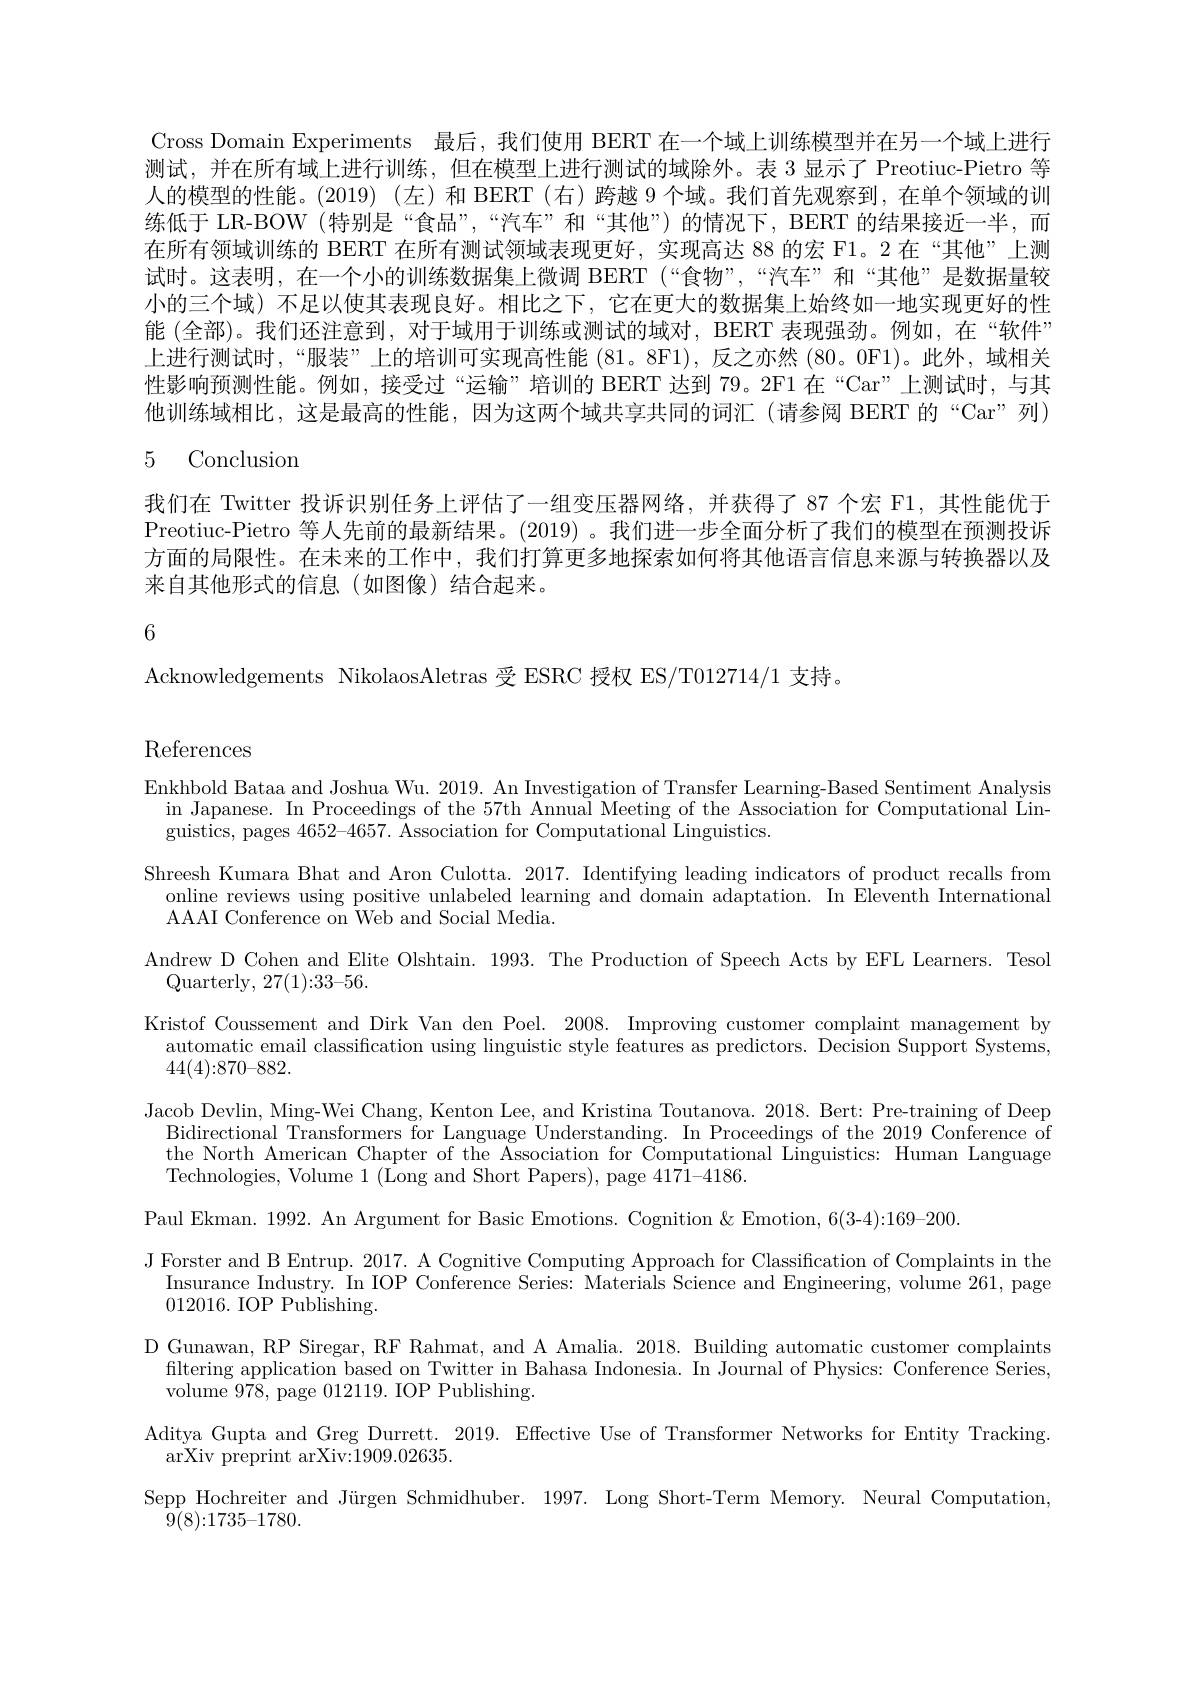
Cross Domain Experiments 最后，我们使用 BERT 在一个域上训练模型并在另一个域上进行测试，并在所有域上进行训练，但在模型上进行测试的域除外。表 3 显示了 Preotiuc-Pietro 等人的模型的性能。(2019) (左)和 BERT (右)跨越 9 个域。我们首先观察到，在单个领域的训练低于 LR-BOW (特别是“食品”,“汽车”和“其他”)的情况下，BERT 的结果接近一半，而在所有领域训练的 BERT 在所有测试领域表现更好，实现高达 88 的宏 F1。2 在“其他”上测试时。这表明，在一个小的训练数据集上微调 BERT (“食物”,“汽车”和“其他”是数据量较小的三个域) 不足以使其表现良好。相比之下，它在更大的数据集上始终如一地实现更好的性能 (全部)。我们还注意到，对于域用于训练或测试的域对，BERT 表现强劲。例如，在“软件” 上进行测试时，“服装”上的培训可实现高性能 (81。8F1), 反之亦然 (80。0F1)。此外，域相关性影响预测性能。例如，接受过“运输”培训的 BERT 达到 79。2F1 在“Car”上测试时，与其他训练域相比，这是最高的性能，因为这两个域共享共同的词汇(请参阅 BERT 的“Car”列) 5 Conclusion
我们在 Twitter 投诉识别任务上评估了一组变压器网络，并获得了 87 个宏 F1,其性能优于Preotiuc-Pietro 等人先前的最新结果。(2019) 。我们进一步全面分析了我们的模型在预测投诉方面的局限性。在未来的工作中，我们打算更多地探索如何将其他语言信息来源与转换器以及来自其他形式的信息(如图像)结合起来。
6

Acknowledgements NikolaosAletras 受 ESRC 授权 ES/T012714/1 支持。

References

Enkhbold Bataa and Joshua Wu. 2019. An Investigation of Transfer Learning-Based Sentiment Analysis
in Japanese. In Proceedings of the 57th Annual Meeting of the Association for Computational Lin-
guistics, pages 4652-4657. Association for Computational Linguistics
Shreesh Kumara Bhat and Aron Culotta. 2017. Identifying leading indicators of product recalls from
online reviews using positive unlabeled learning and domain adaptation. In Eleventh International
AAAI Conference on Web and Social Media.
Andrew D Cohen and Elite Olshtain. 1993. The Production of Speech Acts by EFL Learners. Tesol
Quarterly, 27( 1) : 33- 56.
Kristof Coussement and Dirk Van den Poel. 2008. Improving customer complaint management by
automatic email classification using linguistic style features as predictors. Decision Support Systems,
44(4){:}870{-}882.
Jacob Devlin, Ming-Wei Chang, Kenton Lee, and Kristina Toutanova. 2018. Bert: Pre-training of Deep
Bidirectional Transformers for Language Understanding. In Proceedings of the 2019 Conference of the North American Chapter of the Association for Computational Linguistics: Human Language Technologies, Volume 1 (Long and Short Papers), page 4171-4186.
Paul Ekman. 1992. An Argument for Basic Emotions. Cognition& Emotion, 6(3-4):169-200
J Forster and B Entrup. 2017. A Cognitive Computing Approach for Classification of Complaints in the
Insurance Industry. In IOP Conference Series: Materials Science and Engineering, volume 261, page
012016. IOP Publishing.
D Gunawan, RP Siregar, RF Rahmat, and A Amalia. 2018. Building automatic customer complaints
filtering application based on Twitter in Bahasa Indonesia. In Journal of Physics: Conference Series,
volume 978, page 012119. IOP Publishing.
Aditya Gupta and Greg Durrett. 2019. Effective Use of Transformer Networks for Entity Tracking.
arXiv preprint arXiv:1909.02635.
Sepp Hochreiter and Jürgen Schmidhuber. 1997. Long Short-Term Memory. Neural Computation,
9(8){:}1735{-}1780.